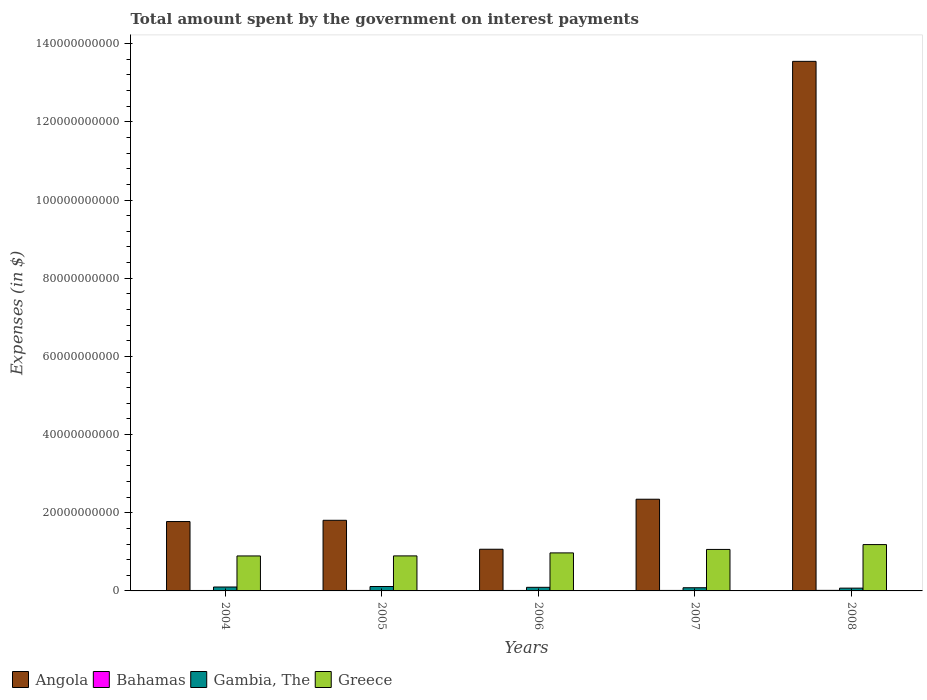
| Years | Angola | Bahamas | Gambia, The | Greece |
 | --- | --- | --- | --- | --- |
 | 2004 | 1.78e+10 | 1.14e+08 | 1e+09 | 8.95e+09 |
 | 2005 | 1.81e+10 | 1.21e+08 | 1.13e+09 | 8.96e+09 |
 | 2006 | 1.07e+10 | 1.17e+08 | 9.21e+08 | 9.73e+09 |
 | 2007 | 2.35e+10 | 1.27e+08 | 8.15e+08 | 1.06e+10 |
 | 2008 | 1.35e+11 | 1.43e+08 | 7.13e+08 | 1.19e+10 |